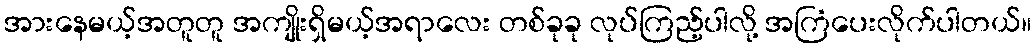
အားနေမယ့်အတူတူ အကျိုးရှိမယ့်အရာလေး တစ်ခုခု လုပ်ကြည့်ပါလို့ အကြံပေးလိုက်ပါတယ်။